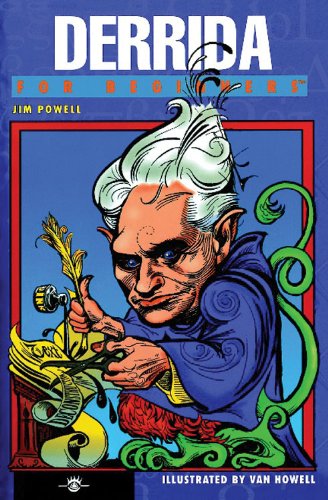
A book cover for Derrida For Beginners; Jim Powell; Biographies & Memoirs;